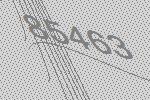
85463